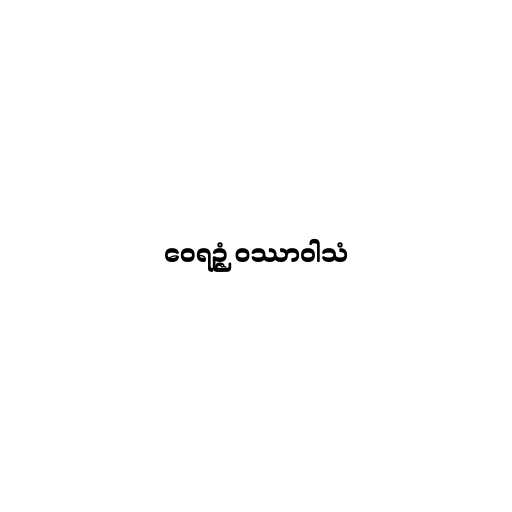
ဝေရဉ္ဇံ ဝဿာဝါသံ